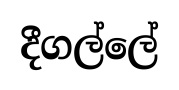
දීගල්ලේ